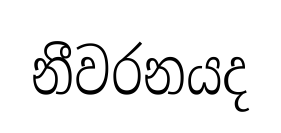
නීවරනයද